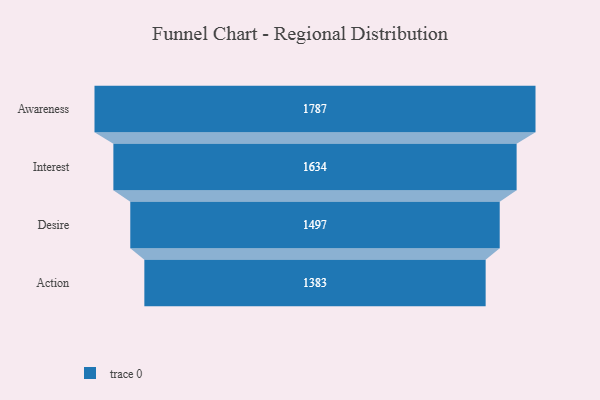
{"axis": {"x": "Stage", "y": "Value"}, "legend": [""], "data": [{"x": "Awareness", "y": 1787.0, "type": ""}, {"x": "Interest", "y": 1634.0, "type": ""}, {"x": "Desire", "y": 1497.0, "type": ""}, {"x": "Action", "y": 1383.0, "type": ""}]}